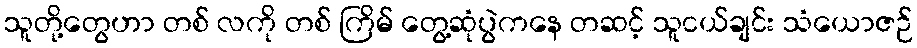
သူတို့တွေဟာ တစ် လကို တစ် ကြိမ် တွေ့ဆုံပွဲကနေ တဆင့် သူငယ်ချင်း သံယောဇဉ်